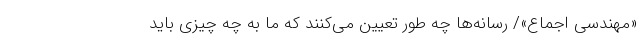
«مهندسی اجماع»/ رسانه‌ها چه طور تعیین می‌کنند که ما به چه چیزی باید